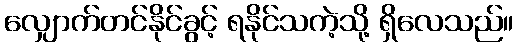
လျှောက်တင်နိုင်ခွင့် ရနိုင်သကဲ့သို့ ရှိလေသည်။